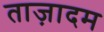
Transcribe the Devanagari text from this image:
ताज़ादम